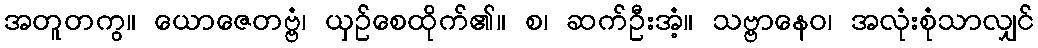
အတူတကွ။ ယောဇေတဗ္ဗံ၊ ယှဉ်စေထိုက်၏။ စ၊ ဆက်ဦးအံ့။ သဗ္ဗာနေဝ၊ အလုံးစုံသာလျှင်